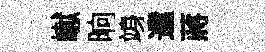
𪩘晌竧遣蔣